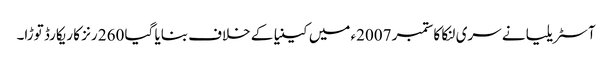
آسٹریلیا نے سری لنکا کا ستمبر 2007ء میں کینیا کے خلاف بنایا گیا 260 رنز کا ریکارڈ توڑا۔